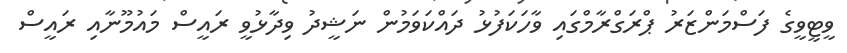
ވީޓީވީގެ ފަސްމަންޒަރު ޕްރަގްރާމްގައި ވާހަކަފުޅު ދައްކަވަމުން ނަޝީދު ވިދާޅުވީ ރައީސް މައުމޫނާއި ރައީސް